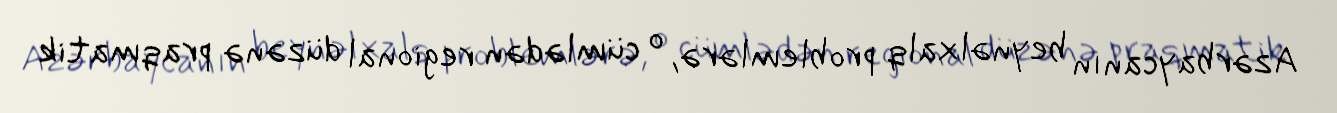
Azərbaycanın beynəlxalq problemlərə, o cümlədən regional düzənə praqmatik